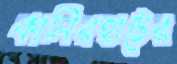
কালিরহাটের